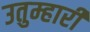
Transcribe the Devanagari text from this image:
उतुम्हारी